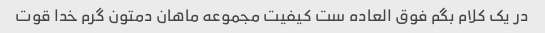
در یک کلام بگم فوق العاده ست کیفیت مجموعه ماهان دمتون گرم خدا قوت